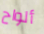
ألواح